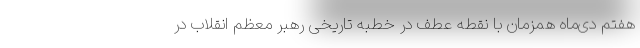
هفتم دی‌ماه همزمان با نقطه عطف در خطبه تاریخی رهبر معظم انقلاب در